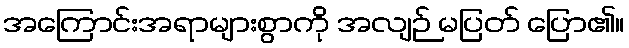
အကြောင်းအရာများစွာကို အလျဉ် မပြတ် ပြော၏။